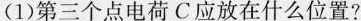
(1)第三个点电荷C应放在什么位置?